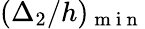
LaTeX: (\Delta_{2}/h)_{\mathrm{~m~i~n~}}